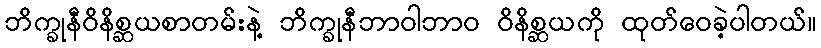
ဘိက္ခုနီဝိနိစ္ဆယစာတမ်းနဲ့ ဘိက္ခုနီဘာဝါဘာဝ ဝိနိစ္ဆယကို ထုတ်ဝေခဲ့ပါတယ်။